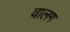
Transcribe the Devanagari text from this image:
वालग